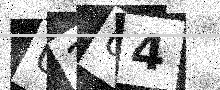
Text: U204